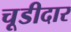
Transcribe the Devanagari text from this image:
चूडीदार